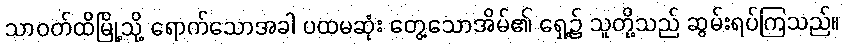
သာဝတ်ထိမြို့သို့ ရောက်သောအခါ ပထမဆုံး တွေ့သောအိမ်၏ ရှေ့၌ သူတို့သည် ဆွမ်းရပ်ကြသည်။